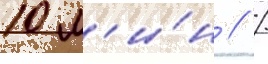
10 м'и́н // /